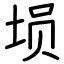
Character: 埙